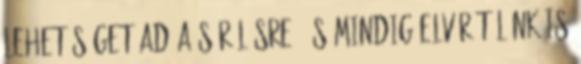
lehetőséget ad a sérülésre, és mindig elvár tőlünk is